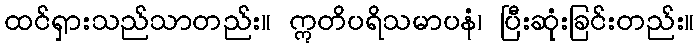
ထင်ရှားသည်သာတည်း။ ဣတိပရိသမာပနံ၊ ပြီးဆုံးခြင်းတည်း။